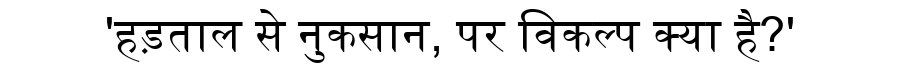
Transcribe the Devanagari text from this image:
'हड़ताल से नुकसान, पर विकल्प क्या है?'